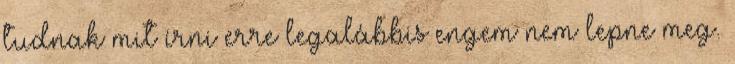
tudnak mit írni erre legalábbis engem nem lepne meg.